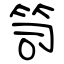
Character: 笥